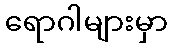
ရောဂါများမှာ